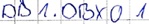
Text: DB1.DBX0.1